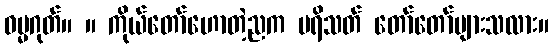
ဓမ္မဂုတ်။ ။ ကိုယ်တော်ဟောတဲ့ညက ပရိသတ် တော်တော်များသလား။